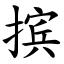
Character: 摈